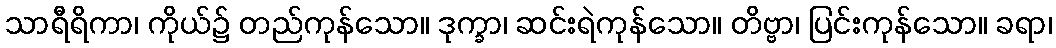
သာရီရိကာ၊ ကိုယ်၌ တည်ကုန်သော။ ဒုက္ခာ၊ ဆင်းရဲကုန်သော။ တိဗ္ဗာ၊ ပြင်းကုန်သော။ ခရာ၊